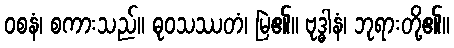
ဝစနံ၊ စကားသည်။ ဓုဝသဿတံ၊ မြဲ၏။ ဗုဒ္ဓါနံ၊ ဘုရားတို့၏။